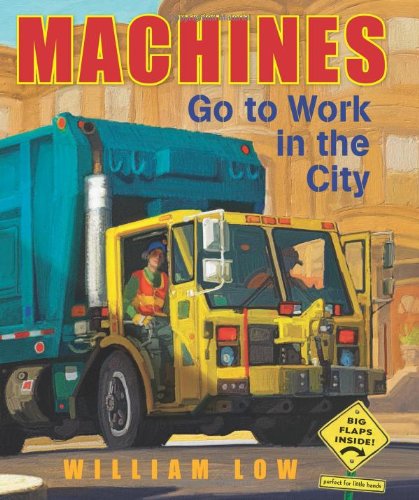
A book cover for Machines Go to Work in the City; Inc Cobalt Illustrations Studio; Children's Books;